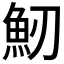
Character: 𩵕